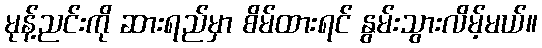
မုန့်ညင်းကို ဆားရည်မှာ စိမ်ထားရင် နွမ်းသွားလိမ့်မယ်။